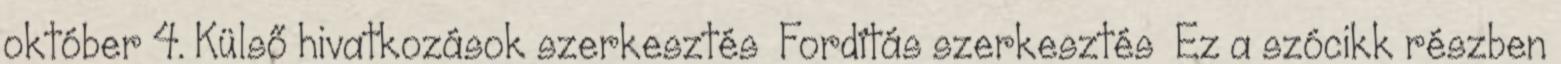
október 4. Külső hivatkozások szerkesztés Fordítás szerkesztés Ez a szócikk részben